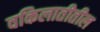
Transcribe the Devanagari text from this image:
वकिलातीतील